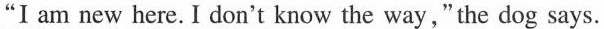
"I am new here. I don't know the way,"the dog says.